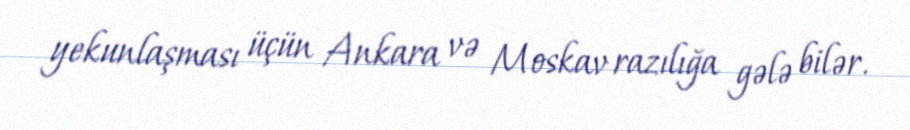
yekunlaşması üçün Ankara və Moskav razılığa gələ bilər.